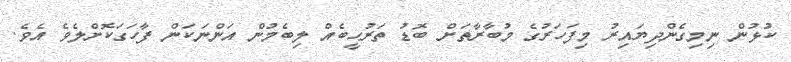
ކުޅުން ނިމިގެންދިޔައިރު މިފަހަރުގެ މުބާރާތަށް ބޮޑު ތަރުޙީބެއް ލިބެމުން އަންނަކަން ފާހަގަކޮށްލެވެ އެވެ.